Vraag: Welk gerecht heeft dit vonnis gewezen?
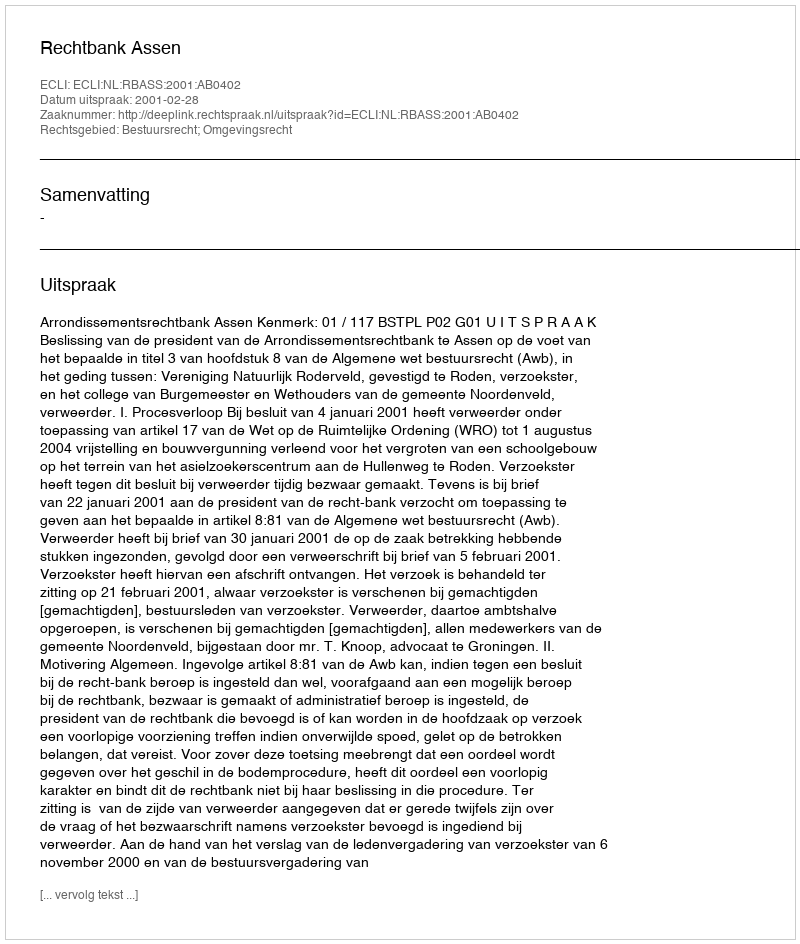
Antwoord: Rechtbank Assen